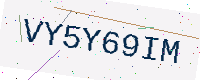
Text: VY5Y69IM